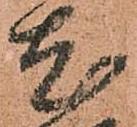
尤